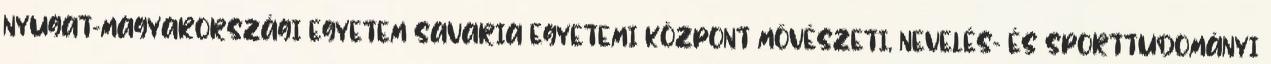
NYUGAT-MAGYARORSZÁGI EGYETEM SAVARIA EGYETEMI KÖZPONT MŐVÉSZETI, NEVELÉS- ÉS SPORTTUDOMÁNYI